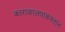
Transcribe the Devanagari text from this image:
काराकालपाकस्तान